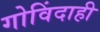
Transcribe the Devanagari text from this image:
गोविंदाही